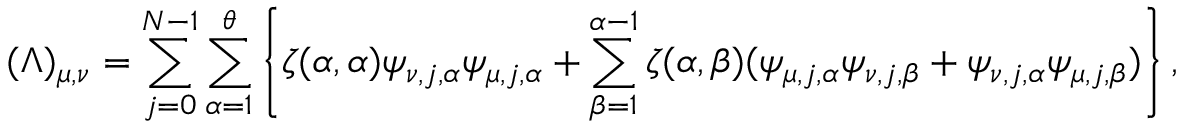
( \Lambda ) _ { \mu , \nu } = \sum _ { j = 0 } ^ { N - 1 } \sum _ { \alpha = 1 } ^ { \theta } \left\{ \zeta ( \alpha , \alpha ) \psi _ { \nu , j , \alpha } \psi _ { \mu , j , \alpha } + \sum _ { \beta = 1 } ^ { \alpha - 1 } \zeta ( \alpha , \beta ) ( \psi _ { \mu , j , \alpha } \psi _ { \nu , j , \beta } + \psi _ { \nu , j , \alpha } \psi _ { \mu , j , \beta } ) \right\} ,